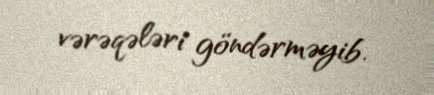
vərəqələri göndərməyib.